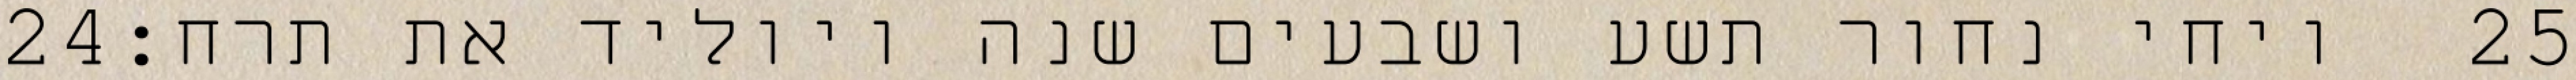
‎24‏ ויחי נחור תשע ושבעים שנה ויוליד את תרח׃ ‎25‏